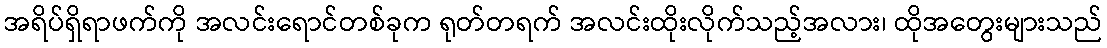
အရိပ်ရှိရာဖက်ကို အလင်းရောင်တစ်ခုက ရုတ်တရက် အလင်းထိုးလိုက်သည့်အလား၊ ထိုအတွေးများသည်